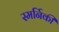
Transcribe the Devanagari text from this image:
स्मर्निकी